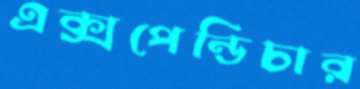
এক্সপেন্ডিচার